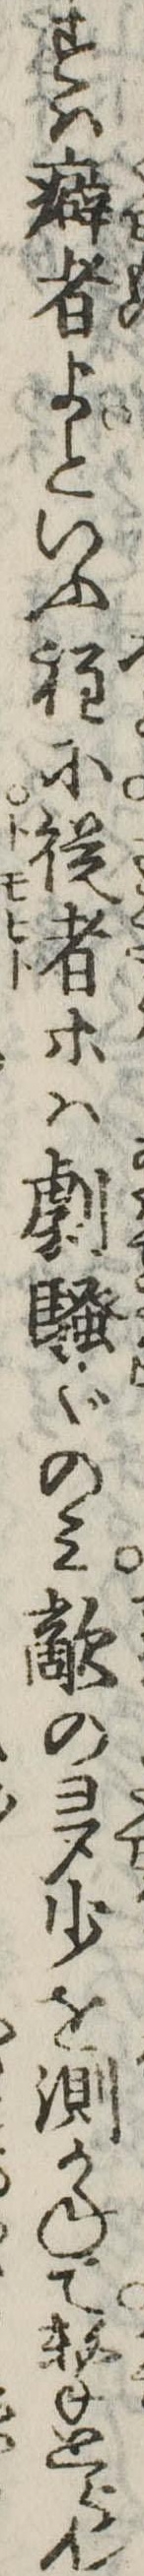
すは癖者よといふ程に徒者等は劇ぐのみ敵の多少を測かねて撃とらん